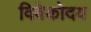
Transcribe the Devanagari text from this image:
विवेकोदय